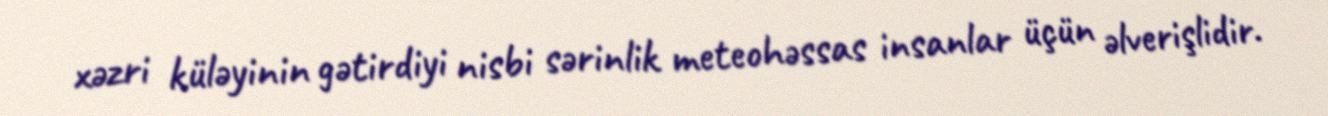
xəzri küləyinin gətirdiyi nisbi sərinlik meteohəssas insanlar üçün əlverişlidir.